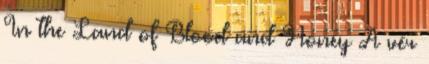
In the Land of Blood and Honey A vér